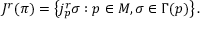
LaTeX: J ^ { r } ( \pi ) = \left\{ j _ { p } ^ { r } \sigma : p \in M , \sigma \in \Gamma ( p ) \right\} .